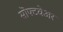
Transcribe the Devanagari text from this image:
सॊफ्टवेअर